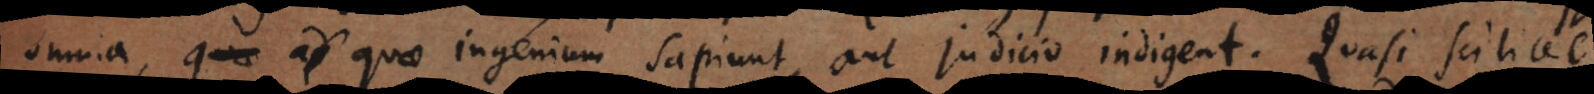
omnia, quae ingenium sapiunt, aut judicio indigent. Quasi scilicet